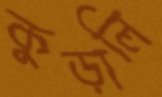
কুড়ালি